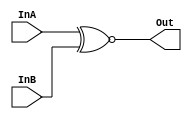
/*
    CS/ECE 552 Spring '19
    Homework #3, Problem 1
    Repurposed for hw 5
    2-1 mux template
*/
module comparator(InA, InB, Out);
    input   InA, InB;
    output  Out;

    assign Out = InA ~^ InB;

endmodule